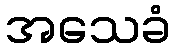
အသေခံ